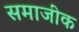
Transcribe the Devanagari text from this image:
समाजीक